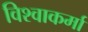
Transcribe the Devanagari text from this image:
विश्वाकर्मा